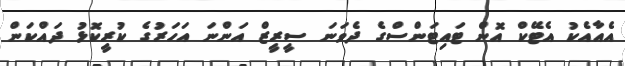
އެއާއެކު އެޓޭކް އޮން ޓައިޓަންސްގެ ދެވަނަ ސީރީޒް އަންނަ އަހަރުގެ ކުރީކޮޅު ދައްކަން